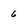
Character: 6